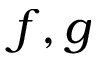
f , g